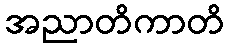
အညာတိကာတိ